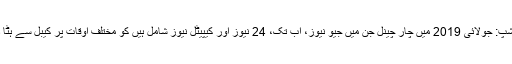
سینسرشپ: جولائی 2019 میں چار چینل جن میں جیو نیوز، اب تک، 24 نیوز اور کیپیٹل نیوز شامل ہیں کو مختلف اوقات پر کیبل سے ہٹا دیا گیا۔